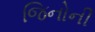
જિનોની